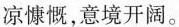
凉慷慨，意境开阔。